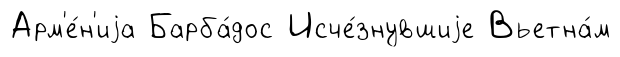
Арм'е́н'иjа Барба́дос Исче́знувшиjе Вьетна́м